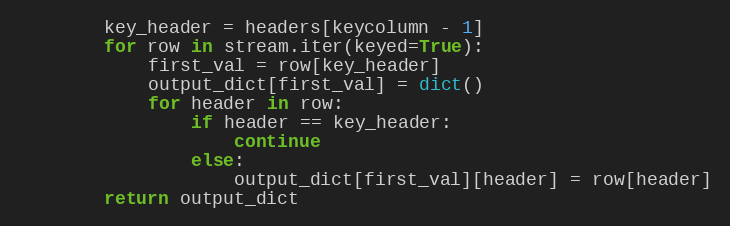
Language: Python
        key_header = headers[keycolumn - 1]
        for row in stream.iter(keyed=True):
            first_val = row[key_header]
            output_dict[first_val] = dict()
            for header in row:
                if header == key_header:
                    continue
                else:
                    output_dict[first_val][header] = row[header]
        return output_dict